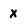
Character: X